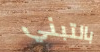
بالتبني